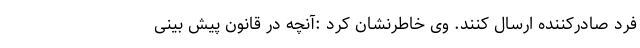
فرد صادرکننده ارسال کنند. وی خاطرنشان کرد :آنچه در قانون پیش بینی